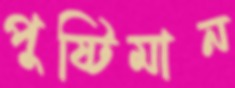
পুষ্টিমান